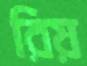
রিয়